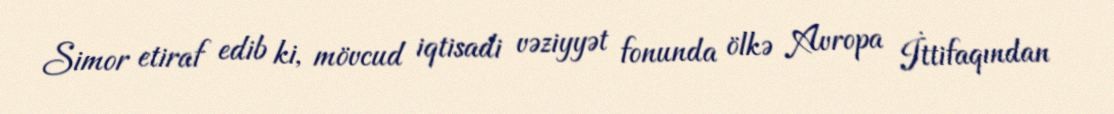
Simor etiraf edib ki, mövcud iqtisadi vəziyyət fonunda ölkə Avropa İttifaqından